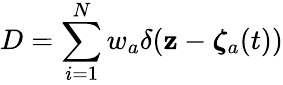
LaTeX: D=\sum_{i=1}^{N}w_{a}\delta({\mathbf{z}}-{\boldsymbol{\zeta}}_{a}(t))